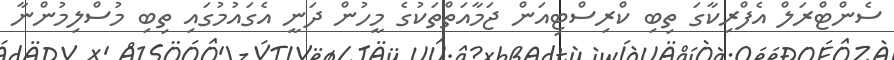
ސެންޓްރަލް އެފްރިކާގަ ތިބި ކްރިސްޓިއަން ޖަމާއަތްތަކުގެ މީހުން ދަނީ އެގައުމުގައި ތިބި މުސްލިމުންނާ